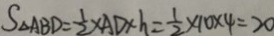
S _ { \Delta A B D } = \frac { 1 } { 2 } \times A D \times h = \frac { 1 } { 2 } \times 1 0 \times 4 = 2 0